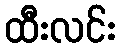
ထီးလင်း